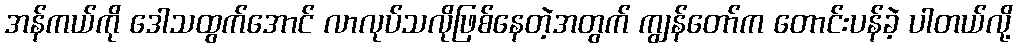
အန်ကယ်ကို ဒေါသထွက်အောင် လာလုပ်သလိုဖြစ်နေတဲ့အတွက် ကျွန်တော်က တောင်းပန်ခဲ့ ပါတယ်လို့